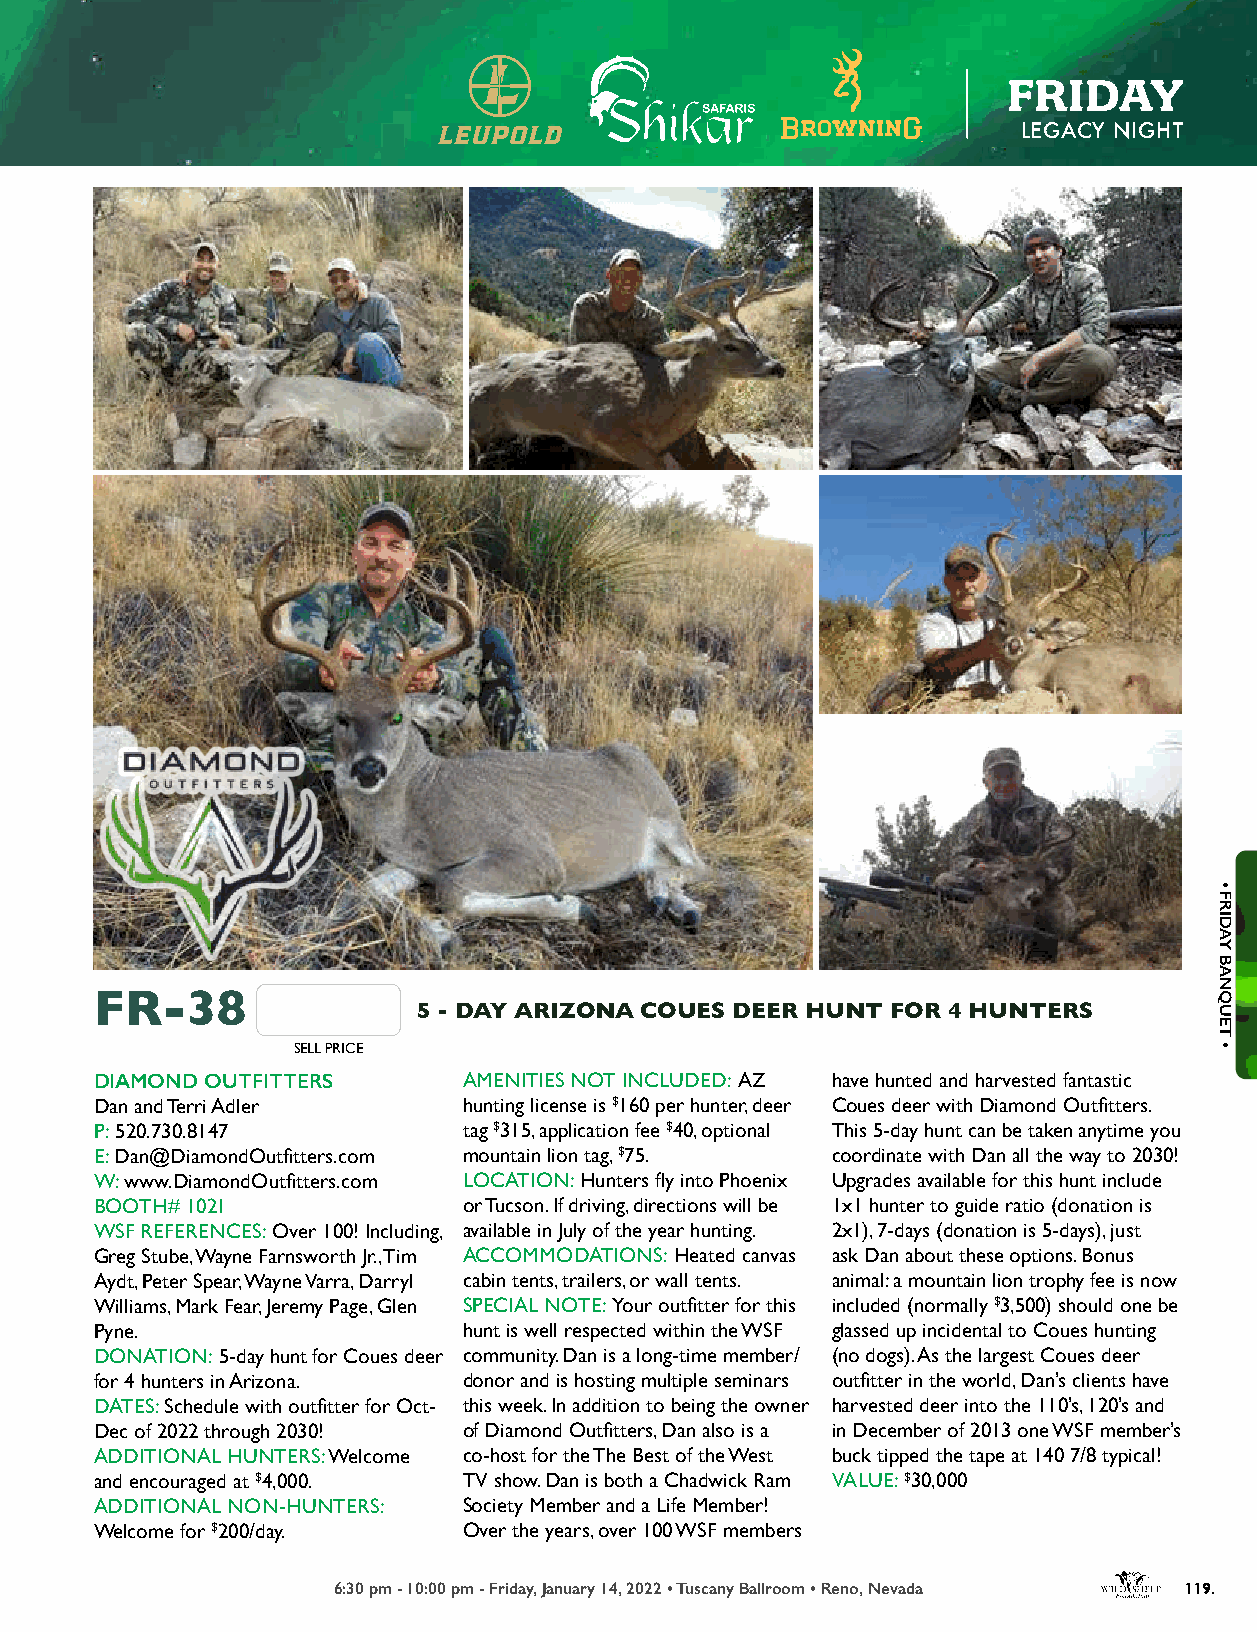
FRIDAY
 LEGACY NIGHT
 FR-38
 5 - DAY ARIZONA COUES DEER HUNT FOR 4 HUNTERS
 SELL PRICE
 DIAMOND OUTFITTERS       AMENITIES NOT INCLUDED: AZ have hunted and harvested fantastic
 Dan and Terri Adler      hunting license is $160 per hunter, deer Coues deer with Diamond Outfitters.
 P: 520.730.8147          tag $315, application fee $40, optional This 5-day hunt can be taken anytime you
 E: Dan@DiamondOutfitters.com mountain lion tag, $75. coordinate with Dan all the way to 2030!
 W: www.DiamondOutfitters.com LOCATION: Hunters fly into Phoenix Upgrades available for this hunt include
 BOOTH# 1021              or Tucson. If driving, directions will be 1x1 hunter to guide ratio (donation is
 WSF REFERENCES: Over 100! Including, available in July of the year hunting. 2x1), 7-days (donation is 5-days), just
 Greg Stube, Wayne Farnsworth Jr., Tim ACCOMMODATIONS: Heated canvas ask Dan about these options. Bonus
 Aydt, Peter Spear, Wayne Varra, Darryl cabin tents, trailers, or wall tents. animal: a mountain lion trophy fee is now
 Williams, Mark Fear, Jeremy Page, Glen SPECIAL NOTE: Your outfitter for this included (normally $3,500) should one be
 Pyne.                    hunt is well respected within the WSF glassed up incidental to Coues hunting
 DONATION: 5-day hunt for Coues deer community. Dan is a long-time member/ (no dogs). As the largest Coues deer
 for 4 hunters in Arizona. donor and is hosting multiple seminars outfitter in the world, Dan’s clients have
 DATES: Schedule with outfitter for Oct- this week. In addition to being the owner harvested deer into the 110’s, 120’s and
 Dec of 2022 through 2030! of Diamond Outfitters, Dan also is a in December of 2013 one WSF member’s
 Browning X-Bolt Mountain Pro ADDITIONAL HUNTERS: Welcome co-host for the The Best of the West buck tipped the tape at 140 7/8 typical!
 and encouraged at $4,000. TV show. Dan is both a Chadwick Ram VALUE: $30,000
 ADDITIONAL NON-HUNTERS:  Society Member and a Life Member!
 Welcome for $200/day.    Over the years, over 100 WSF members
 COME SEE US AT BOOTH #1363
 6:30 pm - 10:00 pm - Friday, January 14, 2022 • Tuscany Ballroom • Reno, Nevada 119.
 •
 FRIDAY
 BANQUET
 •